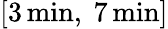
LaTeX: [3\, \mathrm{min},\ 7\, \mathrm{min}]